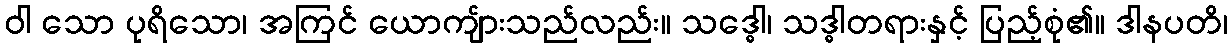
ဝါ သော ပုရိသော၊ အကြင် ယောကျ်ားသည်လည်း။ သဒ္ဓေါ၊ သဒ္ဓါတရားနှင့် ပြည့်စုံ၏။ ဒါနပတိ၊